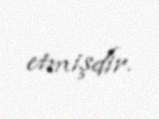
etmişdir.